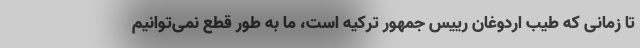
تا زمانی که طیب اردوغان رییس جمهور ترکیه است، ما به طور قطع نمی‌توانیم